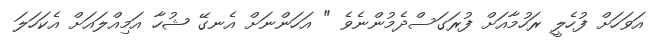
އަވަހަށް ފުހެލީ ރަހުމާއަށް ފުރަގަސްދެމުންނެވެ " އަހަންނަށް އެނގޭ ޝުހާ އަމިއްލައަށް އެކަހަލަ